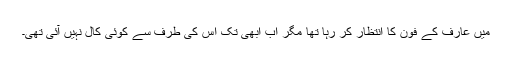
میں عارف کے فون کا انتظار کر رہا تھا مگر اب ابھی تک اس کی طرف سے کوئی کال نہیں آئی تھی۔